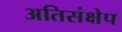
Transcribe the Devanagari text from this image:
अतिसंक्षेप